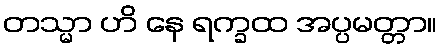
တသ္မာ ဟိ နေ ရက္ခထ အပ္ပမတ္တာ။